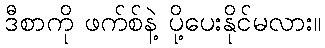
ဒီစာကို ဖက်စ်နဲ့ ပို့ပေးနိုင်မလား။